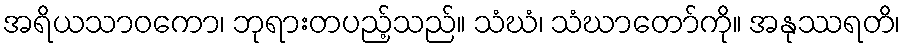
အရိယသာဝကော၊ ဘုရားတပည့်သည်။ သံဃံ၊ သံဃာတော်ကို။ အနုဿရတိ၊